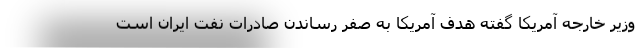
وزیر خارجه آمریکا گفته هدف آمریکا به صفر رساندن صادرات نفت ایران است